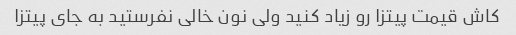
کاش قیمت پیتزا رو زیاد کنید ولی نون خالی نفرستید به جای پیتزا